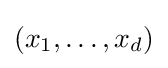
(x_{1},\dots ,x_{d})